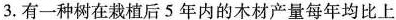
3. 有一种树在栽植后 5 年内的木材产量每年均比上